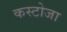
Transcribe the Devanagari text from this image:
कस्टोजा